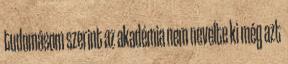
tudomásom szerint az akadémia nem nevelte ki még azt